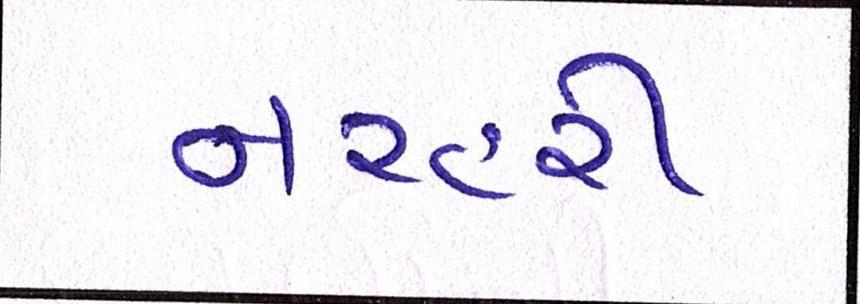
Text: નરહરી